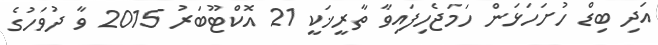
އަދި ބިޑް ހުށަހަޅަން ހަމަޖެހިފައިވާ ތާރީޚަކީ 21 އޮކްޓޫބަރު 2015 ވާ ދުވަހުގެ